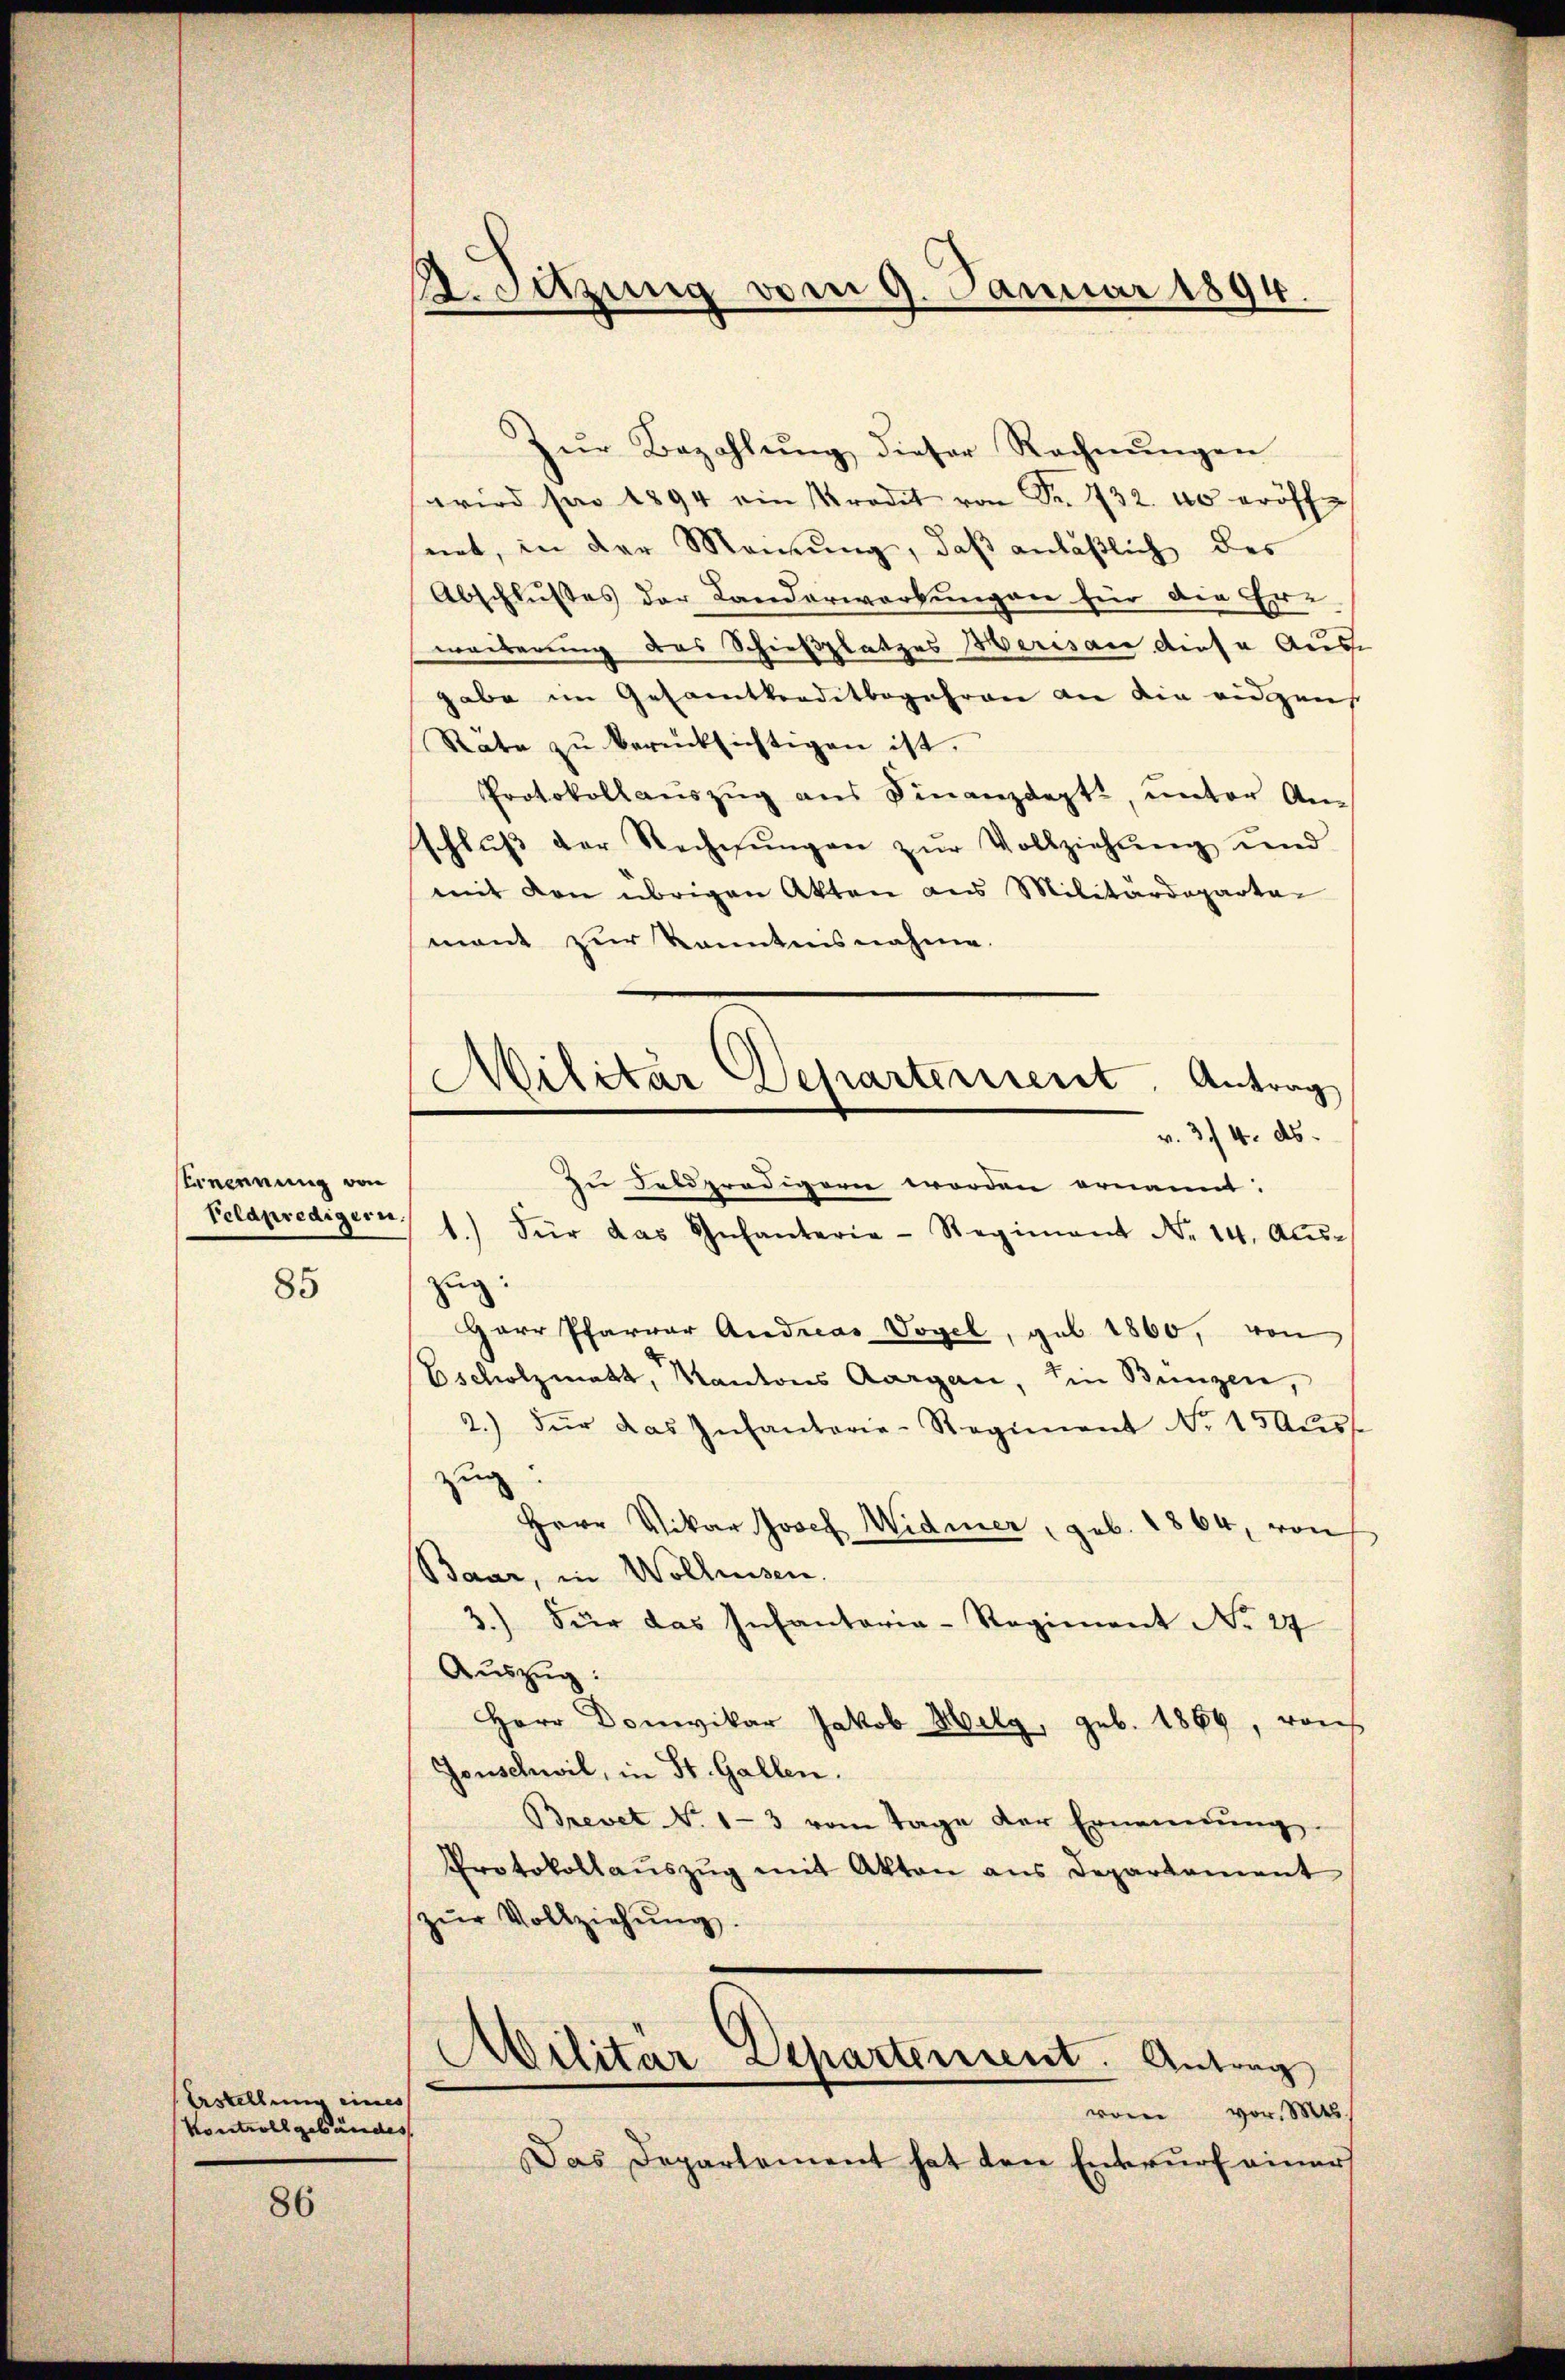
strennung von
85

Erstellung eines
Kontroll gebäudes

86

. Sitzung vom 9. Januar 1894.

Zŭr Bezahlŭng dieser Rechnŭngen
wird sei 1894 ein Prodet von Fr. 732. 40 eröffe
net, in der Meinung, daß anläßlich des
Abschlußes der Landerwerbungen für die Er-
weiterung des Schießplatzes Herisau diese Ausgabe im Gesamtkenditbegehren an die eidgens
Rate zŭ berücksichtigen ist.
Protokoll aŭszŭg ans Finanzdept, unter An-
schlŭβ der Rechnŭngen zŭr Vollziehŭng und
mit den übrigen Akten aus Militärdeparta
mant zur Kenntnisnahme.
zug:
Herr Pfarrer Andreas Vogel, geb. 1860, von
Escholzmatt, Kantons Aargau, in Bunzen,
2.) Für das Infanterie-Regiment No. 15 aŭss
zug!
Herr Vikar Josef Widmer, geb. 1864, von
Baar, in Wollissen.
3.) Für das Infantaria-Regiment No. 27
Aŭszŭg:
Herr Domvikar Jakob Hilg, geb. 1869, von
Jonschwil, in St. Gallen.
Brevet No 1-3 vom Tage der Ernennung
Protokollaŭszŭg mit Akten aus Departement
zŭr Vollziehŭng.
Abilitar Departerrent. Antrag
vom vor. M
Das Departement hat den Entwurf einer

Militar Departerient. Antrag
v. 314. ds.
zu Feldpredigern worden ernannt:
Feldpredigern, 1.) Für das Infanterie-Regiment Nr. 14. Aŭs-